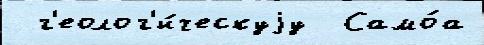
 г'еолог'и́ческуjу  Само́а